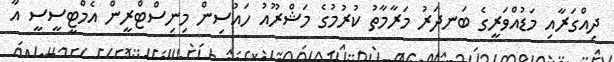
ދިއްގަރާއި މަޑުއްވަރީގެ ބަނދަރު މަރާމާތު ކުުރުމުގެ މަޝްރޫއު ހައުސިން މިނިސްޓްރީން އެމްޓީސީސީ އާ